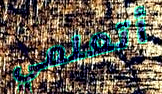
أتعلمي